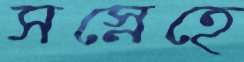
সস্নেহে